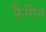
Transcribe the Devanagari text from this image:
फैगिन